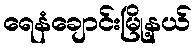
ရေနံချောင်းမြို့နယ်